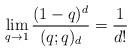
LaTeX: \begin{align*} \lim_{q \to 1} \frac{(1-q)^d}{(q;q)_d} = \frac{1}{d!} \end{align*}